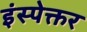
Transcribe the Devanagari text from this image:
इंस्पेक्तर